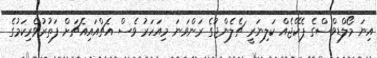
އިނަ މޯލްޑިވްސްގެ ޕެކޭޖެއް ކަލިނަރީ ޗެލެންޖުގެ ރަންވަނަ މިއަހަރު ވެސް އެޗްއައިއެޗަށް ފަތުރުވެރިކަމުގެ